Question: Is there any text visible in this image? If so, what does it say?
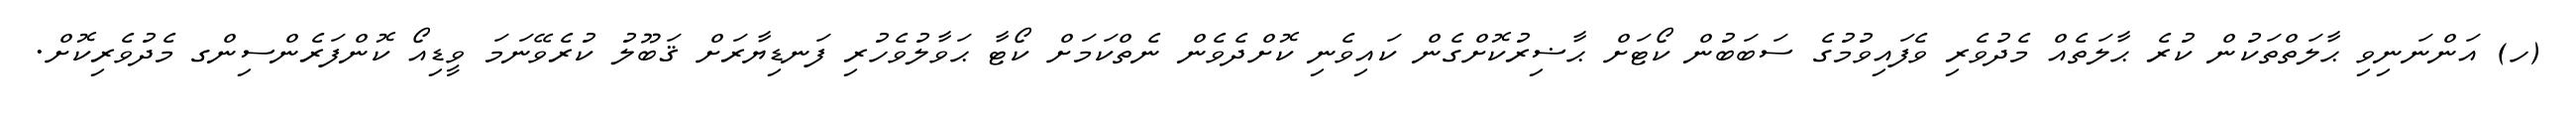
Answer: (ހ) އަންނަނިވި ޙާލަތްތަކުން ކުރެ ޙާލަތެއް މެދުވެރި ވެފައިވުމުގެ ސަބަބުން ކޯޓަށް ޙާޟިރުކޮށްގެން ކައިވެނި ކޮށްދެވެން ނެތްކަމަށް ކޯޓާ ޙަވާލުވެހުރި ފަނޑިޔާރަށް ޤަބޫލު ކުރެވޭނަމަ ވީޑިއޯ ކޮންފަރެންސިންގ މެދުވެރިކޮށް.